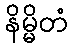
နိမ္မိတံ